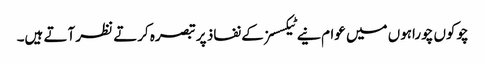
چوکوں چوراہوں میں عوام نیے ٹیکسسز کے نفاذ پر تبصرہ کرتے نظر آتے ہیں۔